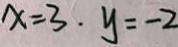
x = 3 . y = - 2